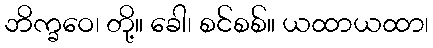
ဘိက္ခဝေ၊ တို့။ ခေါ၊ စင်စစ်။ ယထာယထာ၊